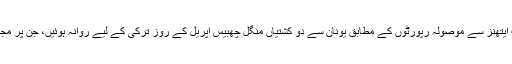
نيوز ايجنسی روئٹرز کی يونانی دارالحکومت ايتھنز سے موصولہ رپورٹوں کے مطابق يونان سے دو کشتياں منگل چھبيس اپريل کے روز ترکی کے ليے روانہ ہوئيں، جن پر مجموعی طور پر اٹھارہ تارکين وطن سوار ہيں۔